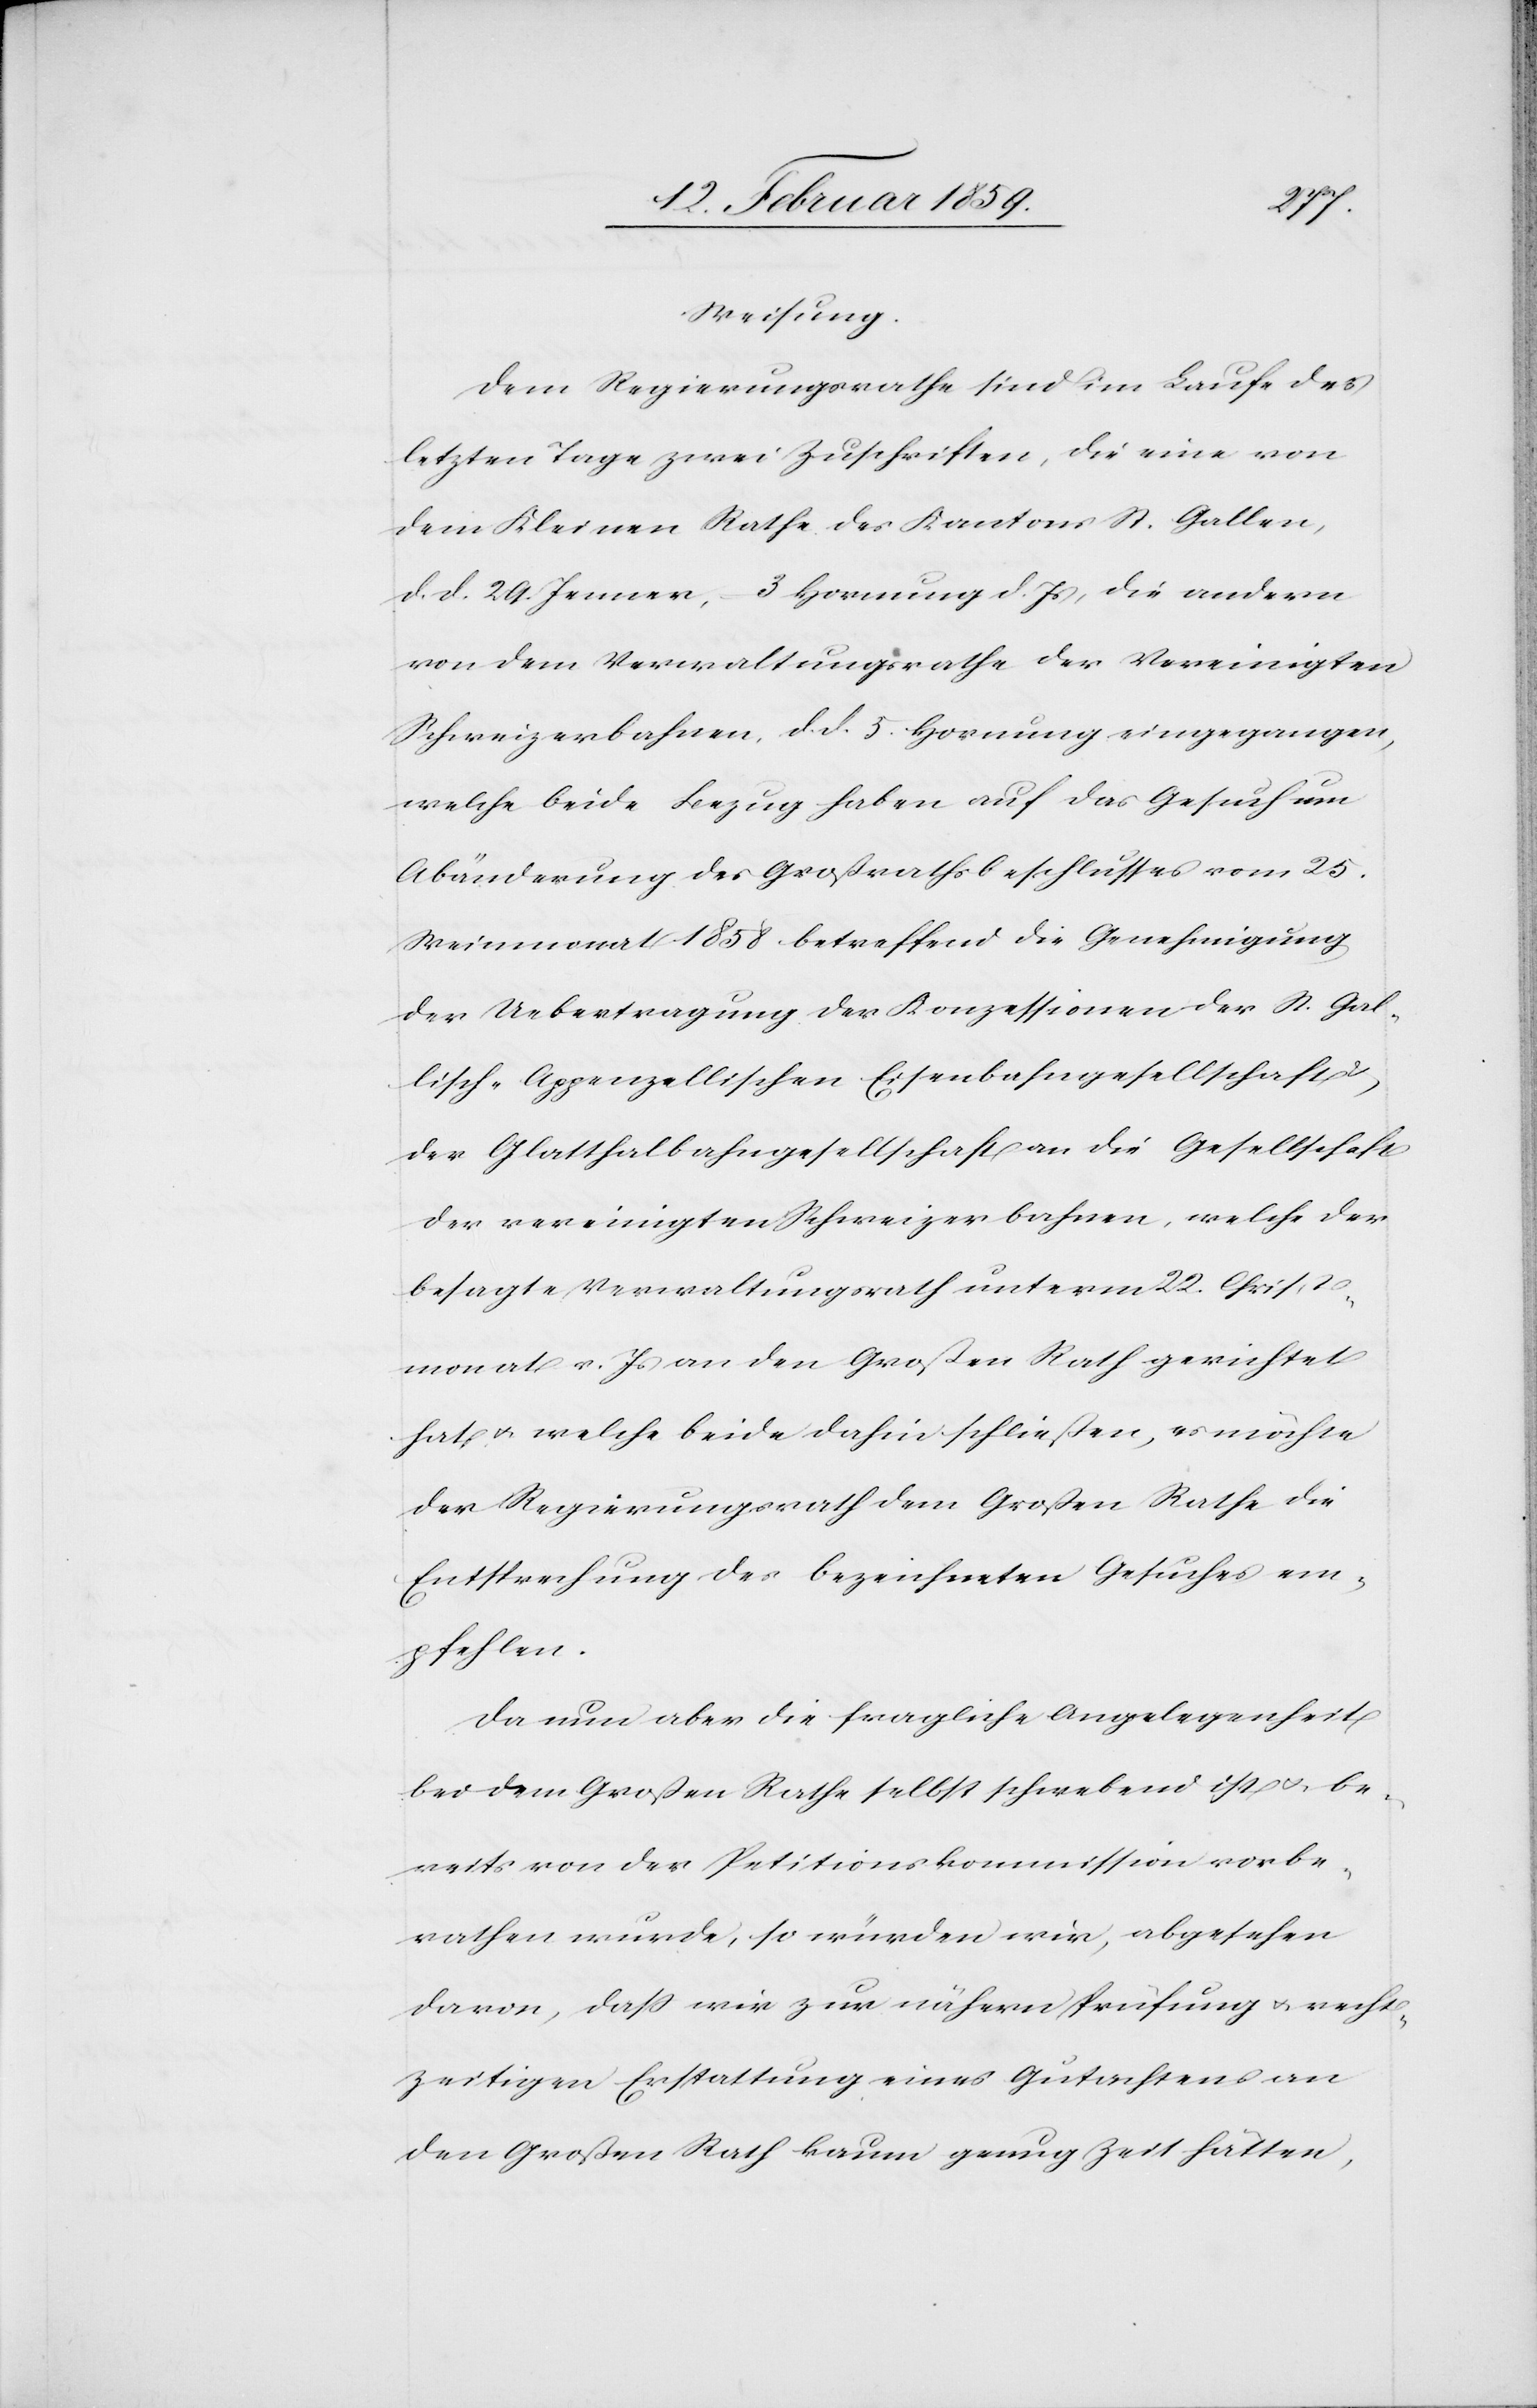
Weisung.
Dem Regierungsrathe sind im Laufe der
letzten Tage zwei Zuschriften, die eine von
dem Kleinen Rathe des Kantons St.Gallen,
d. d. 29. Januar, 3 Hornung d. Js, die andern
von dem Verwaltungsrathe der Vereinigten
Schweizerbahnen, d. d. 5. Hornung eingegangen,
welche beide Bezug haben auf das Gesuch um
Abänderung des Großrathsbeschlusses vom 25.
Weinmonat 1858 betreffend die Genehmigung
der Uebertragung der Konzessionen der St.Gal¬
lisch-Appenzellischen Eisenbahngesellschaft
der Glatthalbahngesellschaft die Gesellschaft
der vereinigten Schweizerbahnen, welche der
besagte Verwaltungsrath unterm 22. Christ¬
monat v. Js. an den Großen Rath gerichtet
hat u. welche beide dahin schließen, es möchte
der Regierungsrath dem Großen Rathe die
Entsprechung des bezeichneten Gesuches em¬
pfehlen.
Da nun aber die fragliche Angelegenheit
bei dem Großen Rathe selbst schwebend ist u. be¬
reits von der Petitionskommission vorbe¬
rathen wurde, so würden wir, abgesehen
davon, daß wir zur nähern Prüfung u. recht¬
zeitigen Erstattung eines Gutachtens an
den Großen Rath kaum genug Zeit hätten,